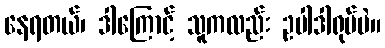
နေရတယ်၊ ဒါကြောင့် သူကလည်း ဥပါဒါရုပ်ပဲ။